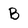
Character: B